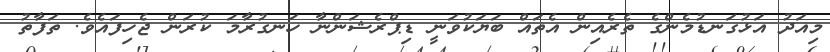
މިއަދު އަޅުގަނޑުމެންގެ ތެރެއިން އެތައް ބަޔަކުވަނީ ޑިޕްރެޝަންނާ ހަނގުރާމަ ކުރަން ޖެހިފައެވެ. ތަފާތު